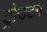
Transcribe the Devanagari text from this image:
ट्रोउटन